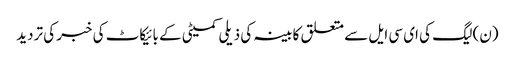
(ن) لیگ کی ای سی ایل سے متعلق کابینہ کی ذیلی کمیٹی کے بائیکاٹ کی خبر کی تردید